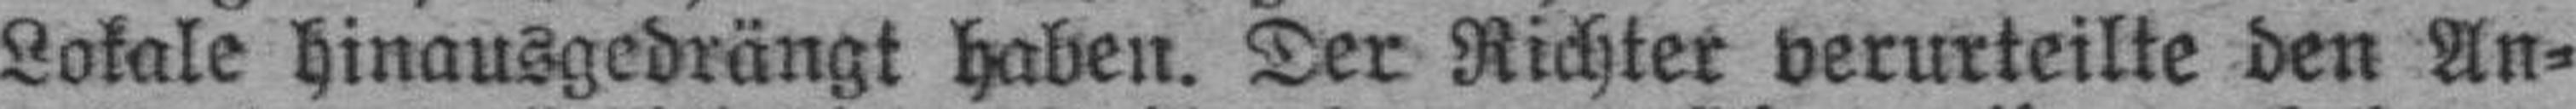
Lokale hinausgedrängt haben. Der Richter verurteilte den An¬